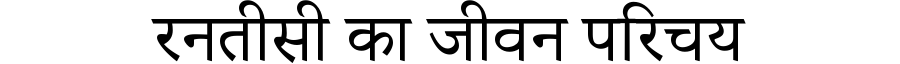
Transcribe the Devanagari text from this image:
रनतीसी का जीवन परिचय